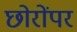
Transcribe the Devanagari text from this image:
छोरोंपर